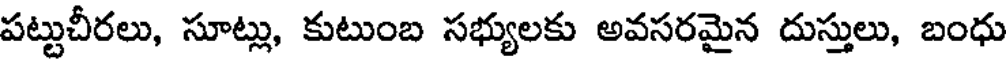
పట్టుచీరలు, సూట్లు, కుటుంబ సభ్యులకు అవసరమైన దుస్తులు, బంధు